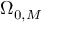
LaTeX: \Omega _ { 0 , M }